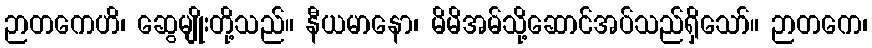
ဉာတကေဟိ၊ ဆွေမျိုးတို့သည်။ နီယမာနော၊ မိမိအမ်သို့ဆောင်အပ်သည်ရှိသော်။ ဉာတကေ၊